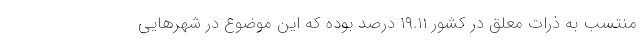
منتسب به ذرات معلق در کشور ۱۹.۱۱ درصد بوده که این موضوع در شهرهایی